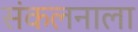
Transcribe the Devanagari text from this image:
संकलनाला